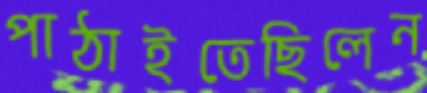
পাঠাইতেছিলেন